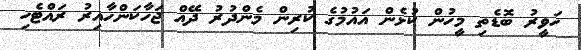
ހަވީރު ބޮޑެތި މީހުން ކުޅެން އައުމުގެ ކުރިން މެންދުރު ދޭއް ޖަހާކަންހާއިރު ރައްޓެހި